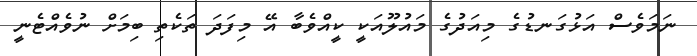
ނަމަވެސް އަޅުގަނޑުގެ މިއަދުގެ މައުލޫއަކީ ކީއްވެބާ އޭ މިފަދަ ތަކެތި ބިމަށް ނުވެއްޓެނީ